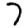
Digit: 7